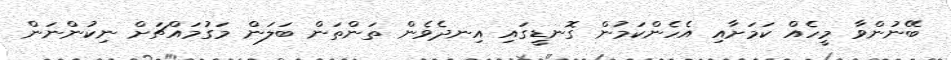
ބޭނުންވާ މީހެއް ކަމަށާއި އެހެންކަމުން ގޮނޑީގައި އިނދެވެން ތަންތަން ބަލަން މަގުމައްޗަށް ނިކުންނަން